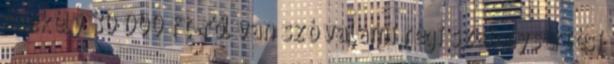
csekély 30 000 ft-ről van szó valami régi szabálysértési